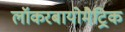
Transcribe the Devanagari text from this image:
लॉकरबायोमैट्रिक